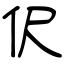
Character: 伬